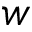
w